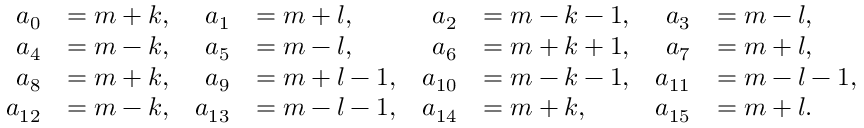
\begin{array} { r l r l r l r l } { a _ { 0 } } & { = m + k , } & { a _ { 1 } } & { = m + l , } & { a _ { 2 } } & { = m - k - 1 , } & { a _ { 3 } } & { = m - l , } \\ { a _ { 4 } } & { = m - k , } & { a _ { 5 } } & { = m - l , } & { a _ { 6 } } & { = m + k + 1 , } & { a _ { 7 } } & { = m + l , } \\ { a _ { 8 } } & { = m + k , } & { a _ { 9 } } & { = m + l - 1 , } & { a _ { 1 0 } } & { = m - k - 1 , } & { a _ { 1 1 } } & { = m - l - 1 , } \\ { a _ { 1 2 } } & { = m - k , } & { a _ { 1 3 } } & { = m - l - 1 , } & { a _ { 1 4 } } & { = m + k , } & { a _ { 1 5 } } & { = m + l . } \end{array}